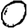
Digit: 0